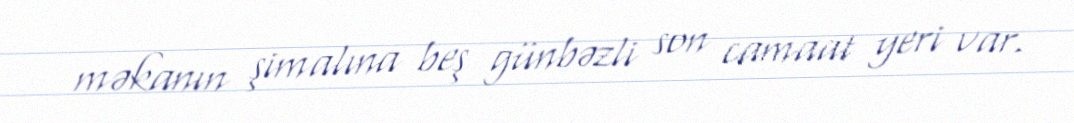
məkanın şimalına beş günbəzli son camaat yeri var.